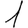
Digit: 1